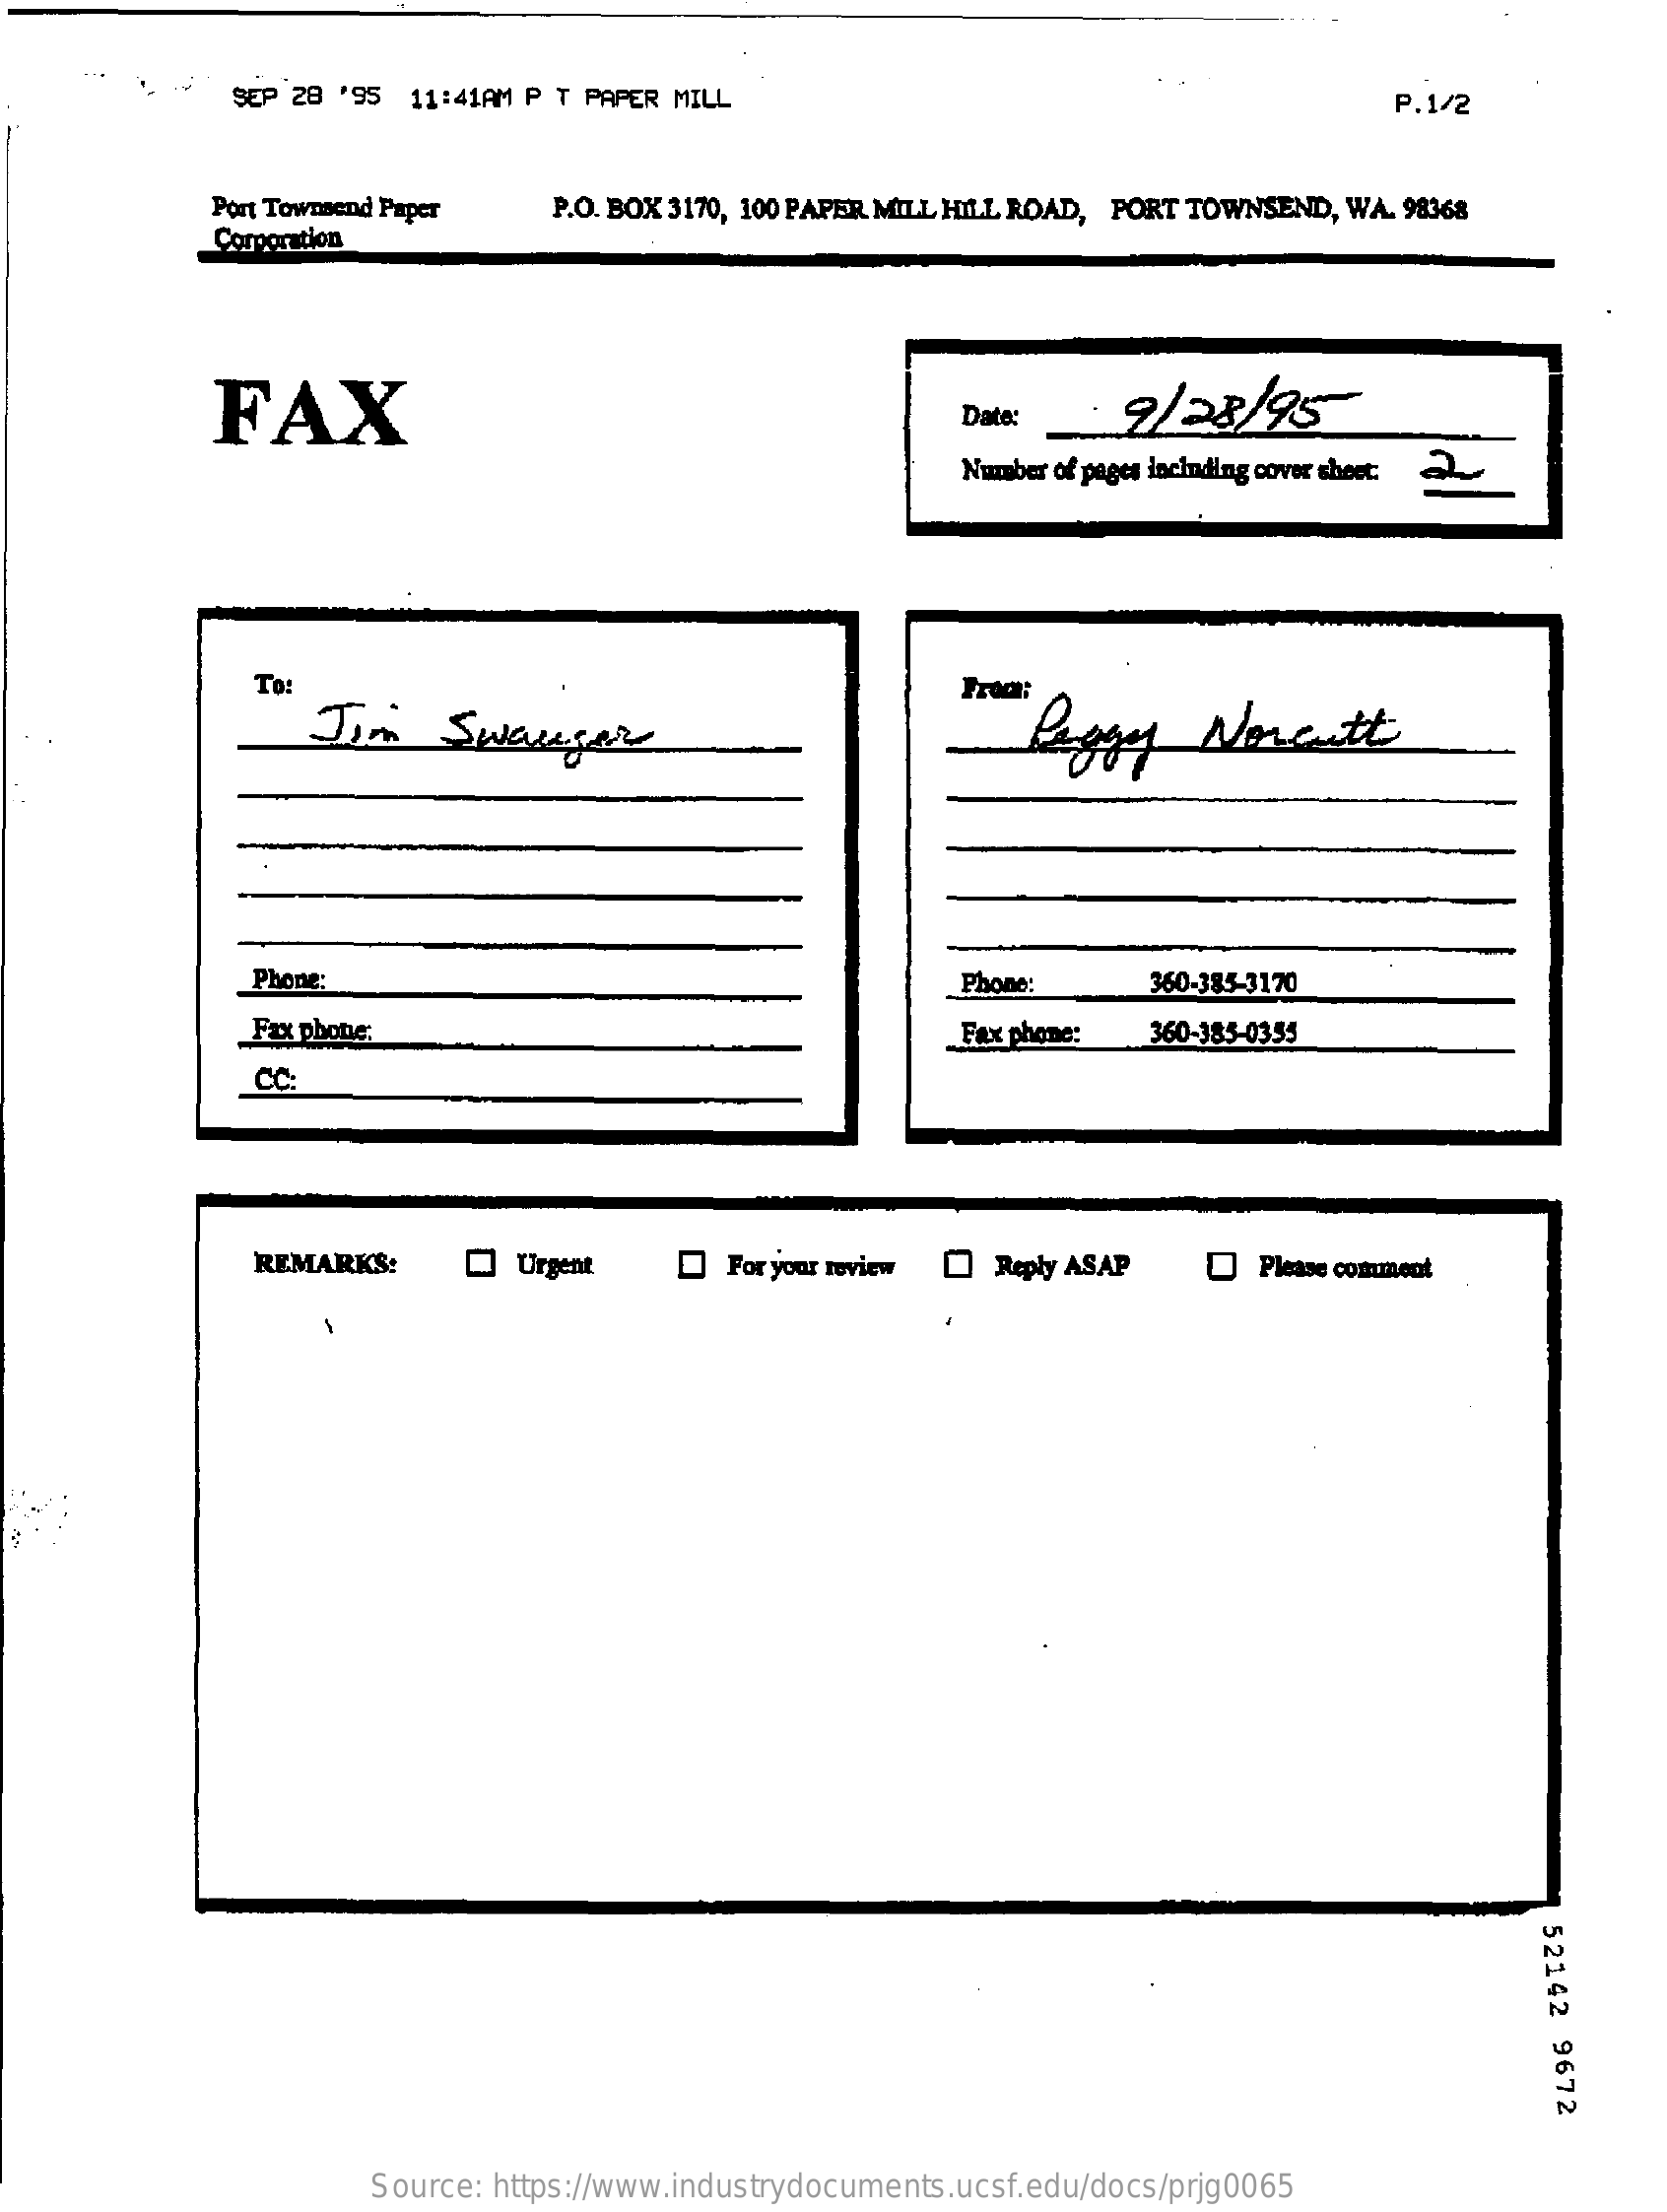
SEP 28 '95 11:41AM P T PAPER MILL    P.1/2
     Port Townsend Paper P.O. BOX 3170, 100 PAPER MILL HILL ROAD, PORT TOWNSEND, WA. 98368
     Corporation
     FAX    Date:    9/28/95
     Number of pages incinding cover sheet: 2
     To:
     Jim   Swauser
     From:
     Peggy    Noncutt
     Phone:    Phone:    360-385-3170
     Fax phone:    Fax phone: 360-385-0355
     CC:
     REMARKS:   Q  Urgent    Foryour review Reply ASAP    Please comment
     -
     52142
     9672
     Source: https://www.industrydocuments.ucsf.edu/docs/prjg0065